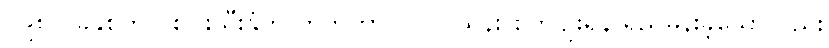
၁၉၈၇ ခုနှစ်တွင် စပါးသီးနှံကို ဟက်တာ ၁.၇၇ သန်း စိုက်ပျိုးရန် ရည်မှန်းခဲ့သော်လည်း